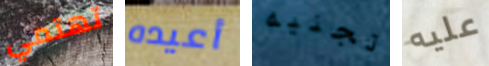
تهتمي أعيده تجنيه عليه